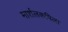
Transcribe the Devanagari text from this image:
मार्शलकपिला